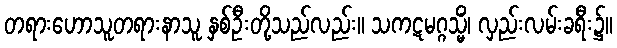
တရားဟောသူတရားနာသူ နှစ်ဦးတို့သည်လည်း။ သကဋမဂ္ဂသ္မိံ၊ လှည်းလမ်းခရီး၌။